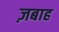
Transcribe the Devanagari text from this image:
ज़बाह